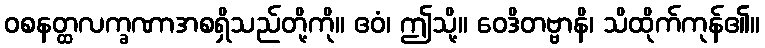
ဝစနတ္ထလက္ခဏာအစရှိသည်တို့ကို။ ဧဝံ၊ ဤသို့။ ဝေဒိတဗ္ဗာနိ၊ သိထိုက်ကုန်၏။